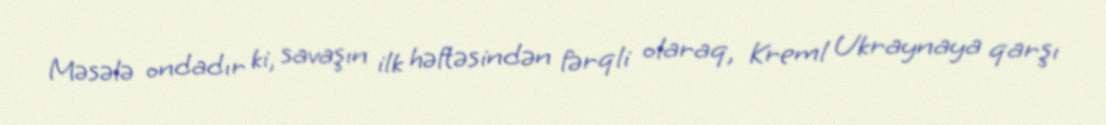
Məsələ ondadır ki, savaşın ilk həftəsindən fərqli olaraq, Kreml Ukraynaya qarşı